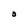
Character: O